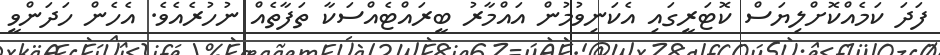
ފަދަ ކަމެއްކޮށްލިޔަސް ކޮޓަރީގައި އެކަނިވުމުން އައްމާރު ބީރައްޓެއްސަކާ ތަފާތެއް ނުހުރެއެވެ. އެހެން ހަދަންވީ